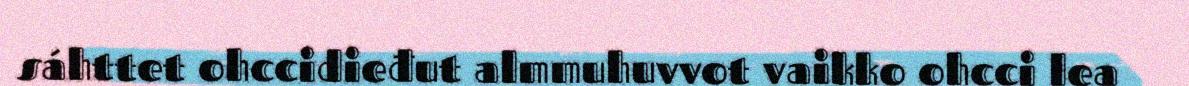
sáhttet ohccidieđut almmuhuvvot vaikko ohcci lea